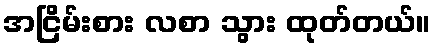
အငြိမ်းစား လစာ သွား ထုတ်တယ်။